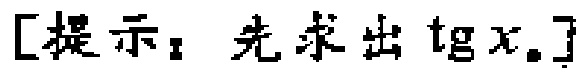
[提示：先求出\(\text{tg}x\)。]